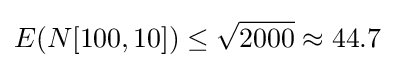
E(N[100,10])\leq {\sqrt {2000}}\approx 44.7